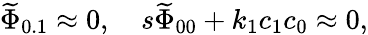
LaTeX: {\widetilde\Phi}_{0.1}\approx 0,\quad s{\widetilde\Phi}_{00}+k_{1}c_{1}c_{0}\approx 0,